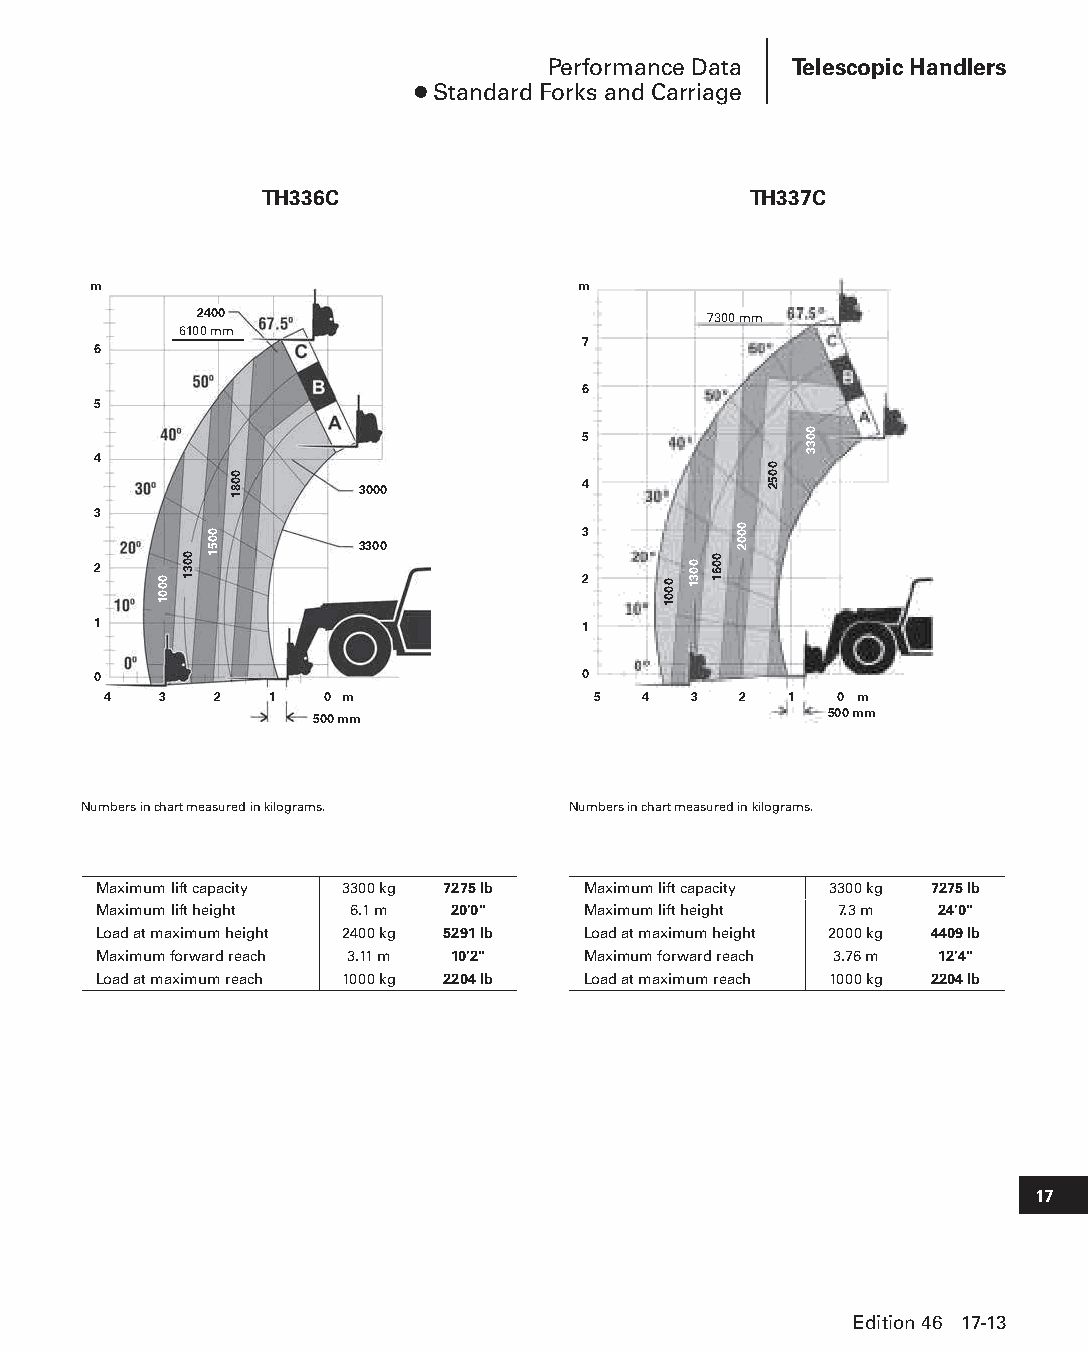
Performance Data Telescopic Handlers
 ● Standard Forks and Carriage
 TH336C                          TH337C
 m                                m
 2400                              7300 mm
 6100 mm
 7
 6
 6
 5
 5
 4
 3000           4
 3
 3
 3300
 2
 2
 1                               1
 500 mm                          500 mm
 0                               0
 4   3   2  1   0 m               5  4  3  2   1  0 m
 500 mm                            500 mm
 Numbers in chart measured in kilograms. Numbers in chart measured in kilograms.
 Maximum lift capacity 3300 kg 7275 lb Maximum lift capacity 3300 kg 7275 lb
 Maximum lift height 6.1 m 20'0" Maximum lift height 7.3 m 24'0"
 Load at maximum height 2400 kg 5291 lb Load at maximum height 2000 kg 4409 lb
 Maximum forward reach 3.11 m 10'2" Maximum forward reach 3.76 m 12'4"
 Load at maximum reach 1000 kg 2204 lb Load at maximum reach 1000 kg 2204 lb
 17
 Edition 46 17-13
 PPHHBB--SSeecc1177--1166..iinndddd 1133                        1122//44//1155 1100::5555 AAMM
 0001
 0031
 0051
 0081
 0001
 0031 0061
 0002
 0052
 0033